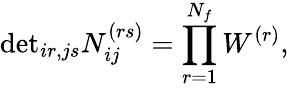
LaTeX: \mathrm{det}_{ir,js}N_{ij}^{(rs)}=\prod_{r=1}^{N_{f}}W^{(r)},